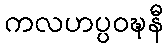
ကလဟပ္ပဝဍ္ဎနီ